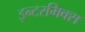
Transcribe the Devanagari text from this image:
इन्टरमिक्स